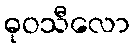
ဓုဝသီလော